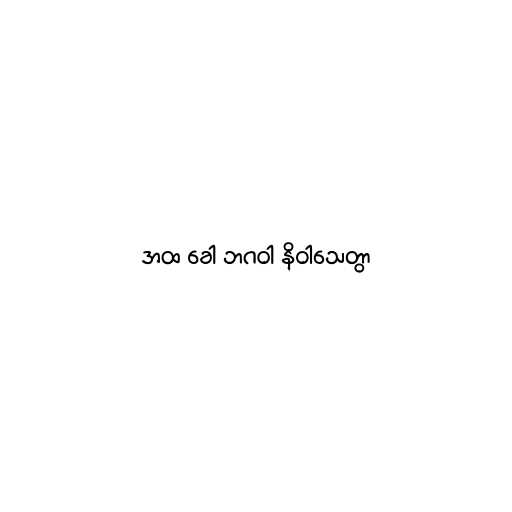
အထ ခေါ ဘဂဝါ နိဝါသေတွာ